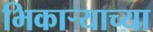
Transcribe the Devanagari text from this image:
भिकार्‍याच्या